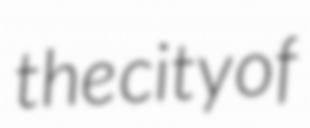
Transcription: the city of